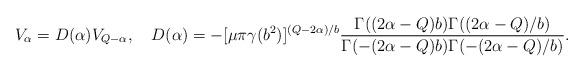
LaTeX: \begin{align*}V_\alpha=D(\alpha)V_{Q-\alpha},~~~ D(\alpha)= -[\mu\pi\gamma(b^2)]^{(Q-2\alpha)/b} \frac{\Gamma((2\alpha-Q)b)\Gamma((2\alpha-Q)/b)} {\Gamma(-(2\alpha-Q)b)\Gamma(-(2\alpha-Q)/b)}.\end{align*}